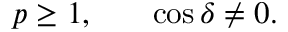
\begin{array} { c c c } { { p \geq 1 , } } & { { } } & { { \cos { \delta } \neq 0 . } } \end{array}